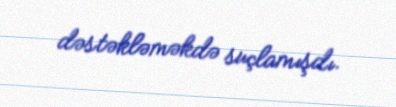
dəstəkləməkdə suçlamışdı.